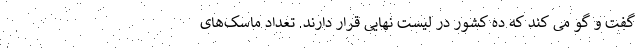
گفت و گو می کند که ده کشور در لیست نهایی قرار دارند. تعداد ماسک‌های